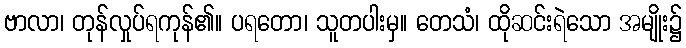
ဗာလာ၊ တုန်လှုပ်ရကုန်၏။ ပရတော၊ သူတပါးမှ။ တေသံ၊ ထိုဆင်းရဲသော အမျိုး၌